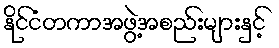
နိုင်ငံတကာအဖွဲ့အစည်းများနှင့်